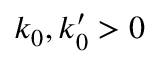
k _ { 0 } , k _ { 0 } ^ { \prime } > 0